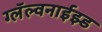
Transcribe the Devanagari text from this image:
ग्लॅल्वनाईझ्ड